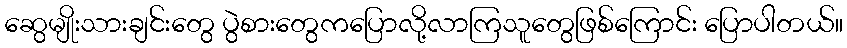
ဆွေမျိုးသားချင်းတွေ ပွဲစားတွေကပြောလို့လာကြသူတွေဖြစ်ကြောင်း ပြောပါတယ်။